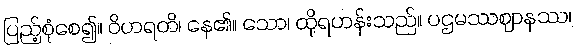
ပြည့်စုံစေ၍။ ဝိဟရတိ၊ နေ၏။ သော၊ ထိုရဟန်းသည်။ ပဌမဿဈာနဿ၊